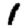
Digit: 1